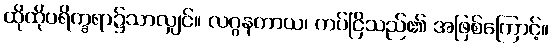
ထိုထိုပရိက္ခရာ၌သာလျှင်။ လဂ္ဂနတာယ၊ ကပ်ငြိသည်၏ အဖြစ်ကြောင့်။